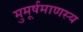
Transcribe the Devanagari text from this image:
मुमूर्षमाणस्य